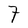
Character: F